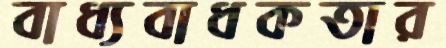
বাধ্যবাধকতার